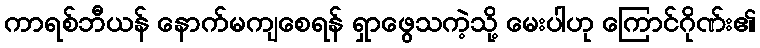
ကာရစ်ဘီယန် နောက်မကျစေရန် ရှာဖွေသကဲ့သို့ မေးပါဟု ကြောင်ဂိုဏ်း၏